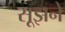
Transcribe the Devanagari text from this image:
सूझने